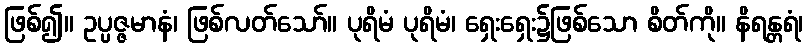
ဖြစ်၍။ ဥပ္ပဇ္ဇမာနံ၊ ဖြစ်လတ်သော်။ ပုရိမံ ပုရိမံ၊ ရှေးရှေး၌ဖြစ်သော စိတ်ကို။ နိရန္တရံ၊